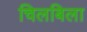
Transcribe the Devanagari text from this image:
चिलबिला